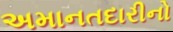
અમાનતદારીનો